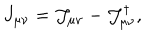
J _ { \mu \nu } = \mathcal { J } _ { \mu \nu } - \mathcal { J } _ { \mu \nu } ^ { \dagger } ,